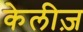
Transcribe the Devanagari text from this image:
केलीज़